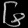
Digit: ၆